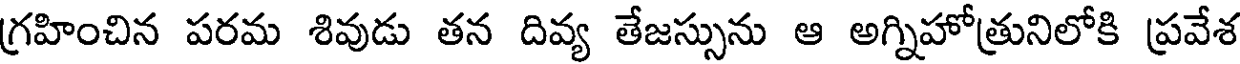
గ్రహించిన పరమ శివుడు తన దివ్య తేజస్సును ఆ అగ్నిహోత్రునిలోకి ప్రవేశ